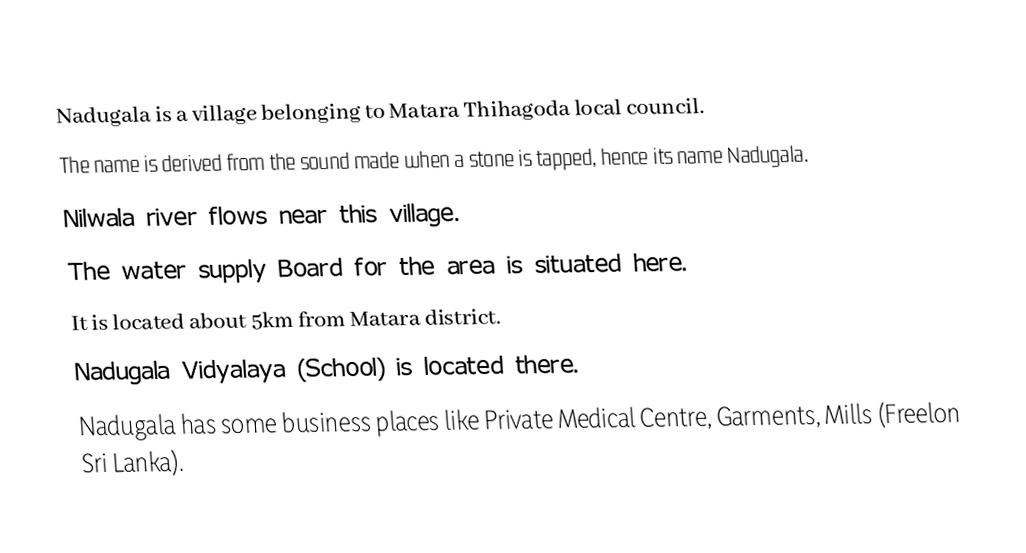
Nadugala is a village belonging to Matara Thihagoda local council.
 The name is derived from the sound made when a stone is tapped, hence its name Nadugala.
 Nilwala river flows near this village.
 The water supply Board for the area is situated here.
 It is located about 5km from Matara district.
 Nadugala Vidyalaya (School) is located there.
 Nadugala has some business places like Private Medical Centre, Garments, Mills (Freelon Sri Lanka).